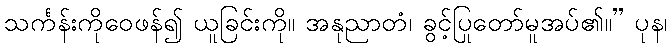
သင်္ကန်းကိုဝေဖန်၍ ယူခြင်းကို။ အနုညာတံ၊ ခွင့်ပြုတော်မူအပ်၏။” ပုန၊